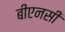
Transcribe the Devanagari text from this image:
बीएनसी